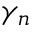
\gamma _ { n }